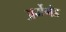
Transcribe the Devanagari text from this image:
अर्मेगंड